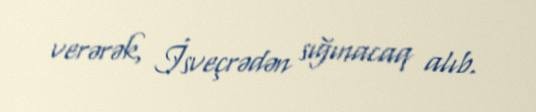
verərək, İsveçrədən sığınacaq alıb.